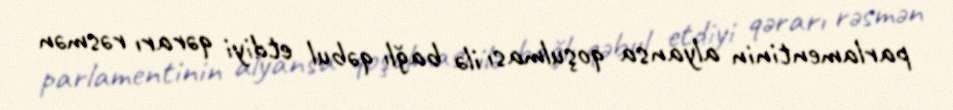
parlamentinin alyansa qoşulması ilə bağlı qəbul etdiyi qərarı rəsmən